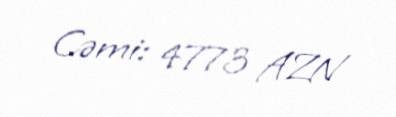
Cəmi: 4773 AZN